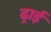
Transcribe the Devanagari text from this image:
ढ्राई